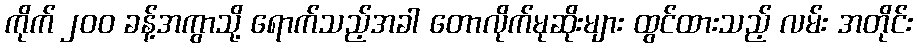
ကိုက် ၂၀၀ ခန့်အကွာသို့ ရောက်သည့်အခါ တောလိုက်မုဆိုးများ ထွင်ထားသည့် လမ်း အတိုင်း